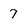
Character: 7